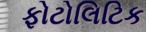
ફોટોલિટિક